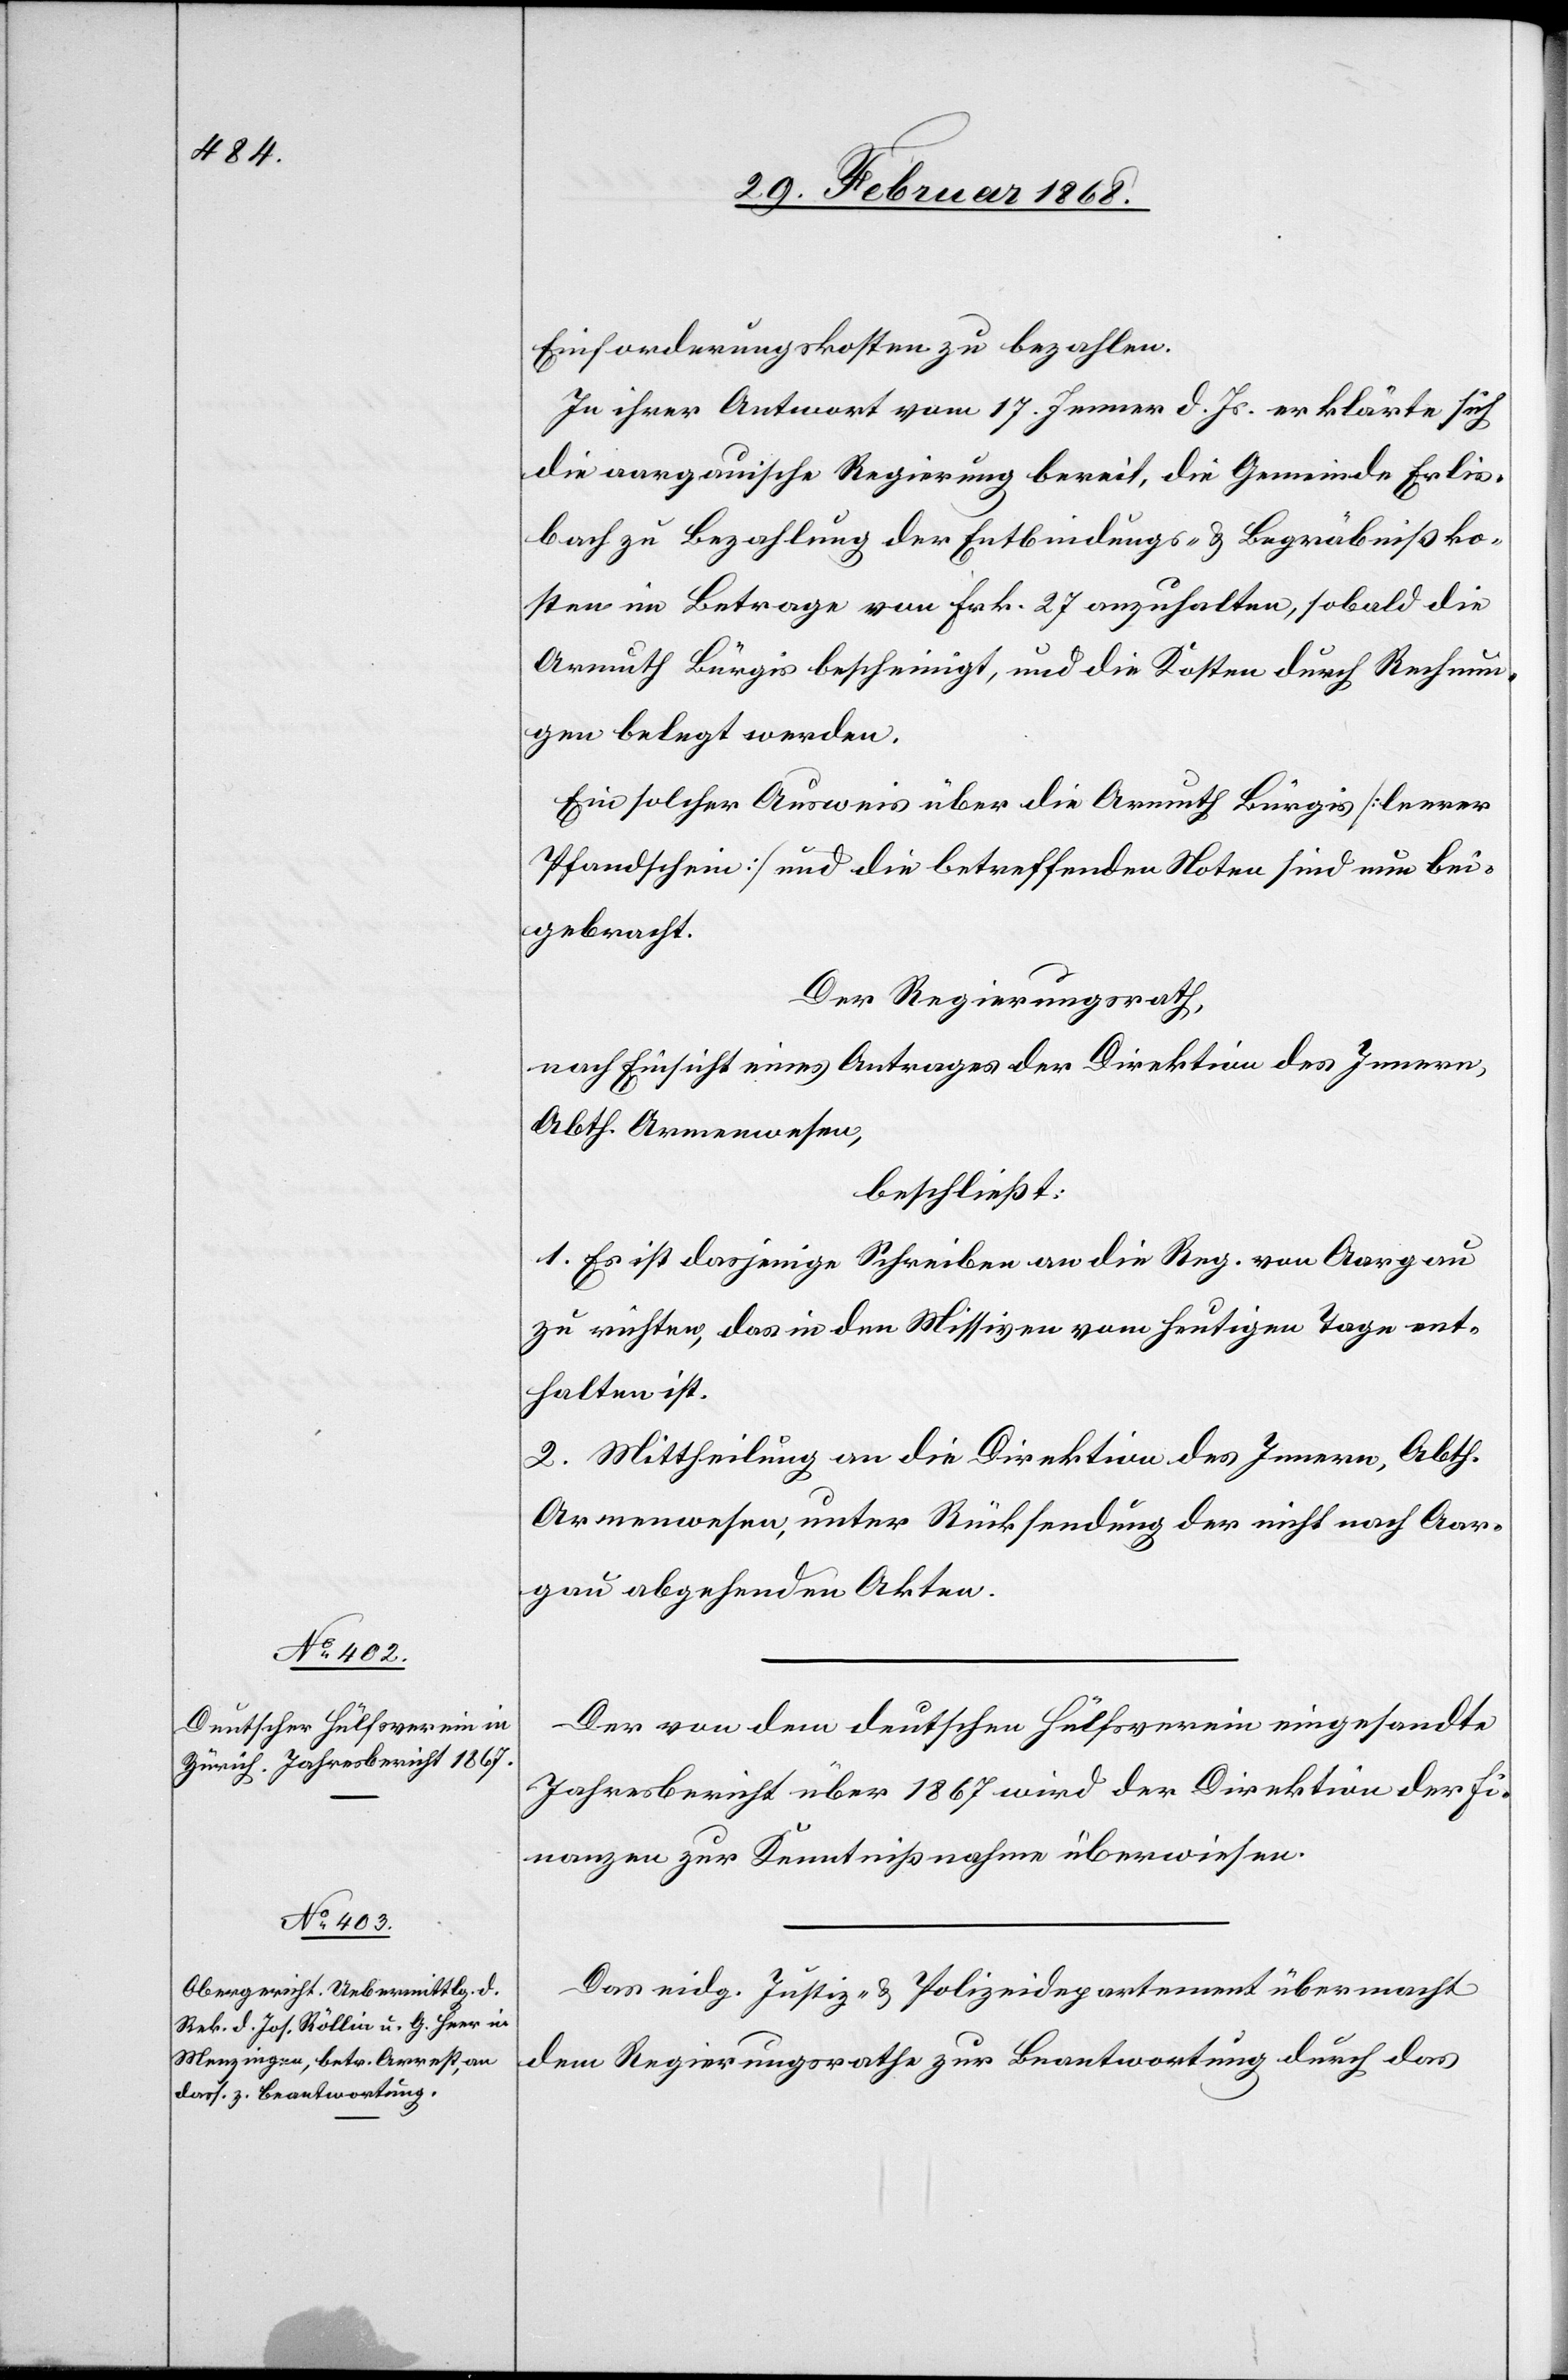
Einforderungskosten zu bezahlen.
In ihrer Antwort vom 17. Jenner d. Js. erklärte sich
die aargauische Regierung bereit, die Gemeinde Erlis¬
bach zu Bezahlung der Entbindungs- & Begräbnißko¬
sten im Betrage von Frk. 27 anzuhalten, sobald die
Armuth Bürgis bescheinigt, und die Kosten durch Rechnun¬
gen belegt werden.
Ein solcher Ausweis über die Armuth Bürgis [leerer
Pfandschein] und die betreffenden Noten sind nun bei¬
gebracht.
Der Regierungsrath,
nach Einsicht eines Antrages der Direktion des Innern,
Abth. Armenwesen,
beschließt:
1. Es ist dasjenige Schreiben an die Reg. von Aargau
zu richten, das in den Missiven vom heutigen Tage ent¬
halten ist.
2. Mittheilung an die Direktion des Innern, Abth.
Armenwesen, unter Rücksendung der nicht nach Aar¬
gau abgehenden Akten.
Der von dem deutschen Hülfsverein eingesandte
Jahresbericht über 1867 wird der Direktion der Fi¬
nanzen zur Kenntnißnahme überwiesen.
Das eidg. Justiz- & Polizeidepartement übermacht
dem Regierungsrathe zur Beantwortung durch das